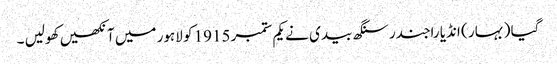
گیا ( بہار ) انڈیا راجندر سنگھ بیدی نے یکم ستمبر 1915 کو لاہور میں آنکھیں کھولیں ۔